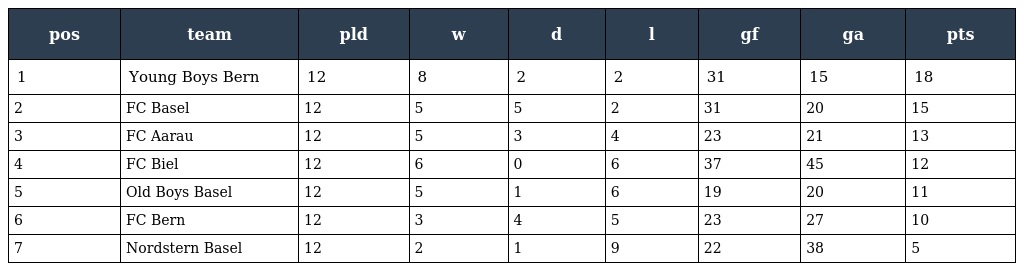
| pos | team | pld | w | d | l | gf | ga | pts |
 | --- | --- | --- | --- | --- | --- | --- | --- | --- |
 | 1 | Young Boys Bern | 12 | 8 | 2 | 2 | 31 | 15 | 18 |
 | 2 | FC Basel | 12 | 5 | 5 | 2 | 31 | 20 | 15 |
 | 3 | FC Aarau | 12 | 5 | 3 | 4 | 23 | 21 | 13 |
 | 4 | FC Biel | 12 | 6 | 0 | 6 | 37 | 45 | 12 |
 | 5 | Old Boys Basel | 12 | 5 | 1 | 6 | 19 | 20 | 11 |
 | 6 | FC Bern | 12 | 3 | 4 | 5 | 23 | 27 | 10 |
 | 7 | Nordstern Basel | 12 | 2 | 1 | 9 | 22 | 38 | 5 |